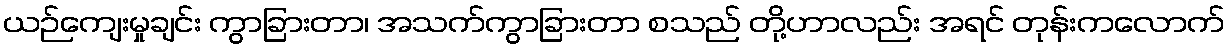
ယဉ်ကျေးမှုချင်း ကွာခြားတာ၊ အသက်ကွာခြားတာ စသည် တို့ဟာလည်း အရင် တုန်းကလောက်